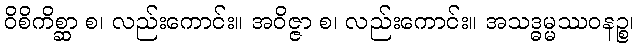
ဝိစိကိစ္ဆာ စ၊ လည်းကောင်း။ အဝိဇ္ဇာ စ၊ လည်းကောင်း။ အသဒ္ဓမ္မဿဝနဉ္စ၊